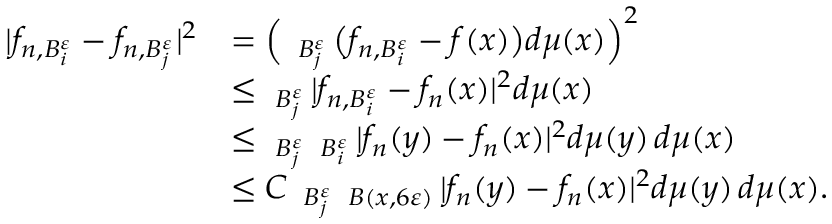
\begin{array} { r l } { | f _ { n , B _ { i } ^ { \varepsilon } } - f _ { n , B _ { j } ^ { \varepsilon } } | ^ { 2 } } & { = \Big ( \fint _ { B _ { j } ^ { \varepsilon } } \big ( f _ { n , B _ { i } ^ { \varepsilon } } - f ( x ) \big ) d \mu ( x ) \Big ) ^ { 2 } } \\ & { \leq \fint _ { B _ { j } ^ { \varepsilon } } | f _ { n , B _ { i } ^ { \varepsilon } } - f _ { n } ( x ) | ^ { 2 } d \mu ( x ) } \\ & { \leq \fint _ { B _ { j } ^ { \varepsilon } } \fint _ { B _ { i } ^ { \varepsilon } } | f _ { n } ( y ) - f _ { n } ( x ) | ^ { 2 } d \mu ( y ) \, d \mu ( x ) } \\ & { \leq C \fint _ { B _ { j } ^ { \varepsilon } } \fint _ { B ( x , 6 \varepsilon ) } | f _ { n } ( y ) - f _ { n } ( x ) | ^ { 2 } d \mu ( y ) \, d \mu ( x ) . } \end{array}